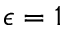
\epsilon = 1